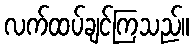
လက်ထပ်ချင်ကြသည်။